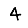
Digit: 4